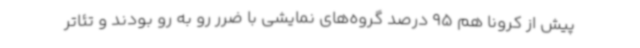
پیش از کرونا هم 95 درصد گروه‌های نمایشی با ضرر رو به رو بودند و تئاتر